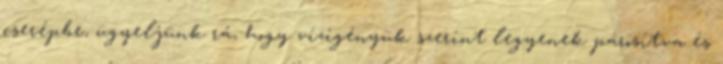
cserépbe, ügyeljünk rá, hogy vízigényük szerint legyenek párosítva és